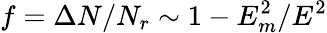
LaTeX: f=\Delta N/N_{r}\sim 1-E_{m}^{2}/E^{2}